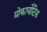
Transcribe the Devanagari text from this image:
प्रोकार्योटिक